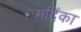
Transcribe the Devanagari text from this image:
मदिंका